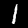
Digit: 1